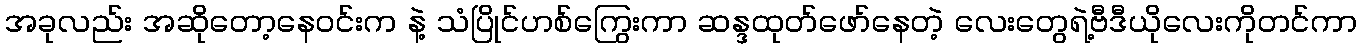
အခုလည်း အဆိုတော့နေဝင်းက နဲ့ သံပြိုင်ဟစ်ကြွေးကာ ဆန္ဒထုတ်ဖော်နေတဲ့ လေးတွေရဲ့ဗီဒီယိုလေးကိုတင်ကာ